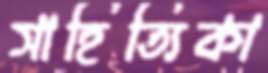
সাহিত্যিকা